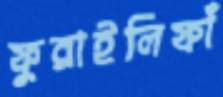
ফুরাইলিফাঁ